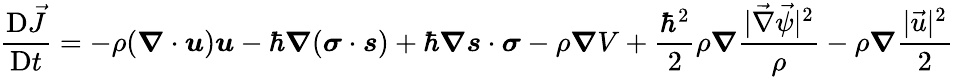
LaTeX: \frac{\mathrm{D}\vec{J}}{\mathrm{D}t}=-\rho(\boldsymbol{\nabla}\cdot\boldsymbol{u})\boldsymbol{u}-\hbar\boldsymbol{\nabla}(\boldsymbol{\sigma}\cdot\boldsymbol{s})+\hbar\boldsymbol{\nabla}\boldsymbol{s}\cdot\boldsymbol{\sigma}-\rho\boldsymbol{\nabla}V+\frac{{\hbar}^{2}}{2}\rho\boldsymbol{\nabla}\frac{|\vec{\nabla}\vec{\psi}|^{2}}{\rho}-\rho\boldsymbol{\nabla}\frac{|\vec{u}|^{2}}{2}